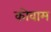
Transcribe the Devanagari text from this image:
कोवाम